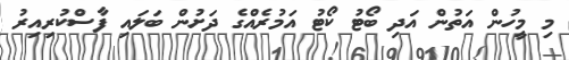
މި މީހުން އަތުން އަދި ބޯޓު ކޯޓު އަމުރެއްގެ ދަށުން ބަލައި ފާސްކުރިއިރު